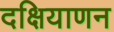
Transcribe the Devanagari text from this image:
दक्षियाणन